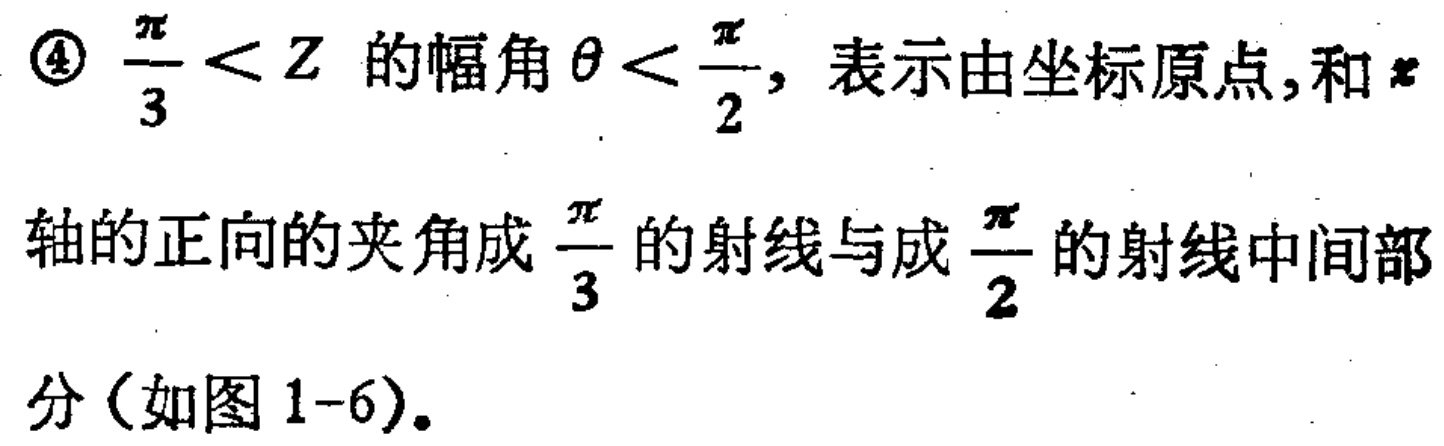
\textcircled{4} $\frac{\pi}{3}<Z$ 的幅角 $\theta<\frac{\pi}{2}$，表示由坐标原点,和 $x$ 轴的正向的夹角成 $\frac{\pi}{3}$ 的射线与成 $\frac{\pi}{2}$ 的射线中间部分（如图 1-6）。